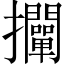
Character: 𢺛